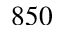
8 5 0